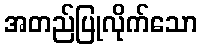
အတည်ပြုလိုက်သော